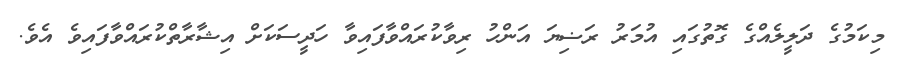
މިކަމުގެ ދަލީލެއްގެ ގޮތުގައި އުމަރު ރަޟިޔަ އަންހު ރިވާކުރައްވާފައިވާ ހަދީސަކަށް އިޝާރާތްކުރައްވާފައިވެ އެވެ.